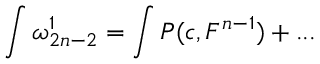
\int \omega _ { 2 n - 2 } ^ { 1 } = \int P ( c , F ^ { n - 1 } ) + . . .